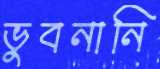
ভুবনানি